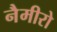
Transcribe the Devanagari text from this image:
नैमीरो